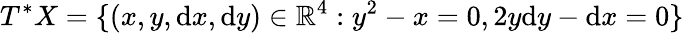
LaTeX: T^{*}X=\{ (x,y,\mathrm{d}x,\mathrm{d}y)\in\mathbb{R}^{4}:y^{2}-x=0,2y\mathrm{d}y-\mathrm{d}x=0\}